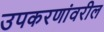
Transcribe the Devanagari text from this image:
उपकरणांवरील